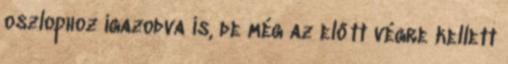
oszlophoz igazodva is, de még az előtt végre kellett